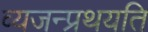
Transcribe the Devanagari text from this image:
व्यजन्प्रथयति